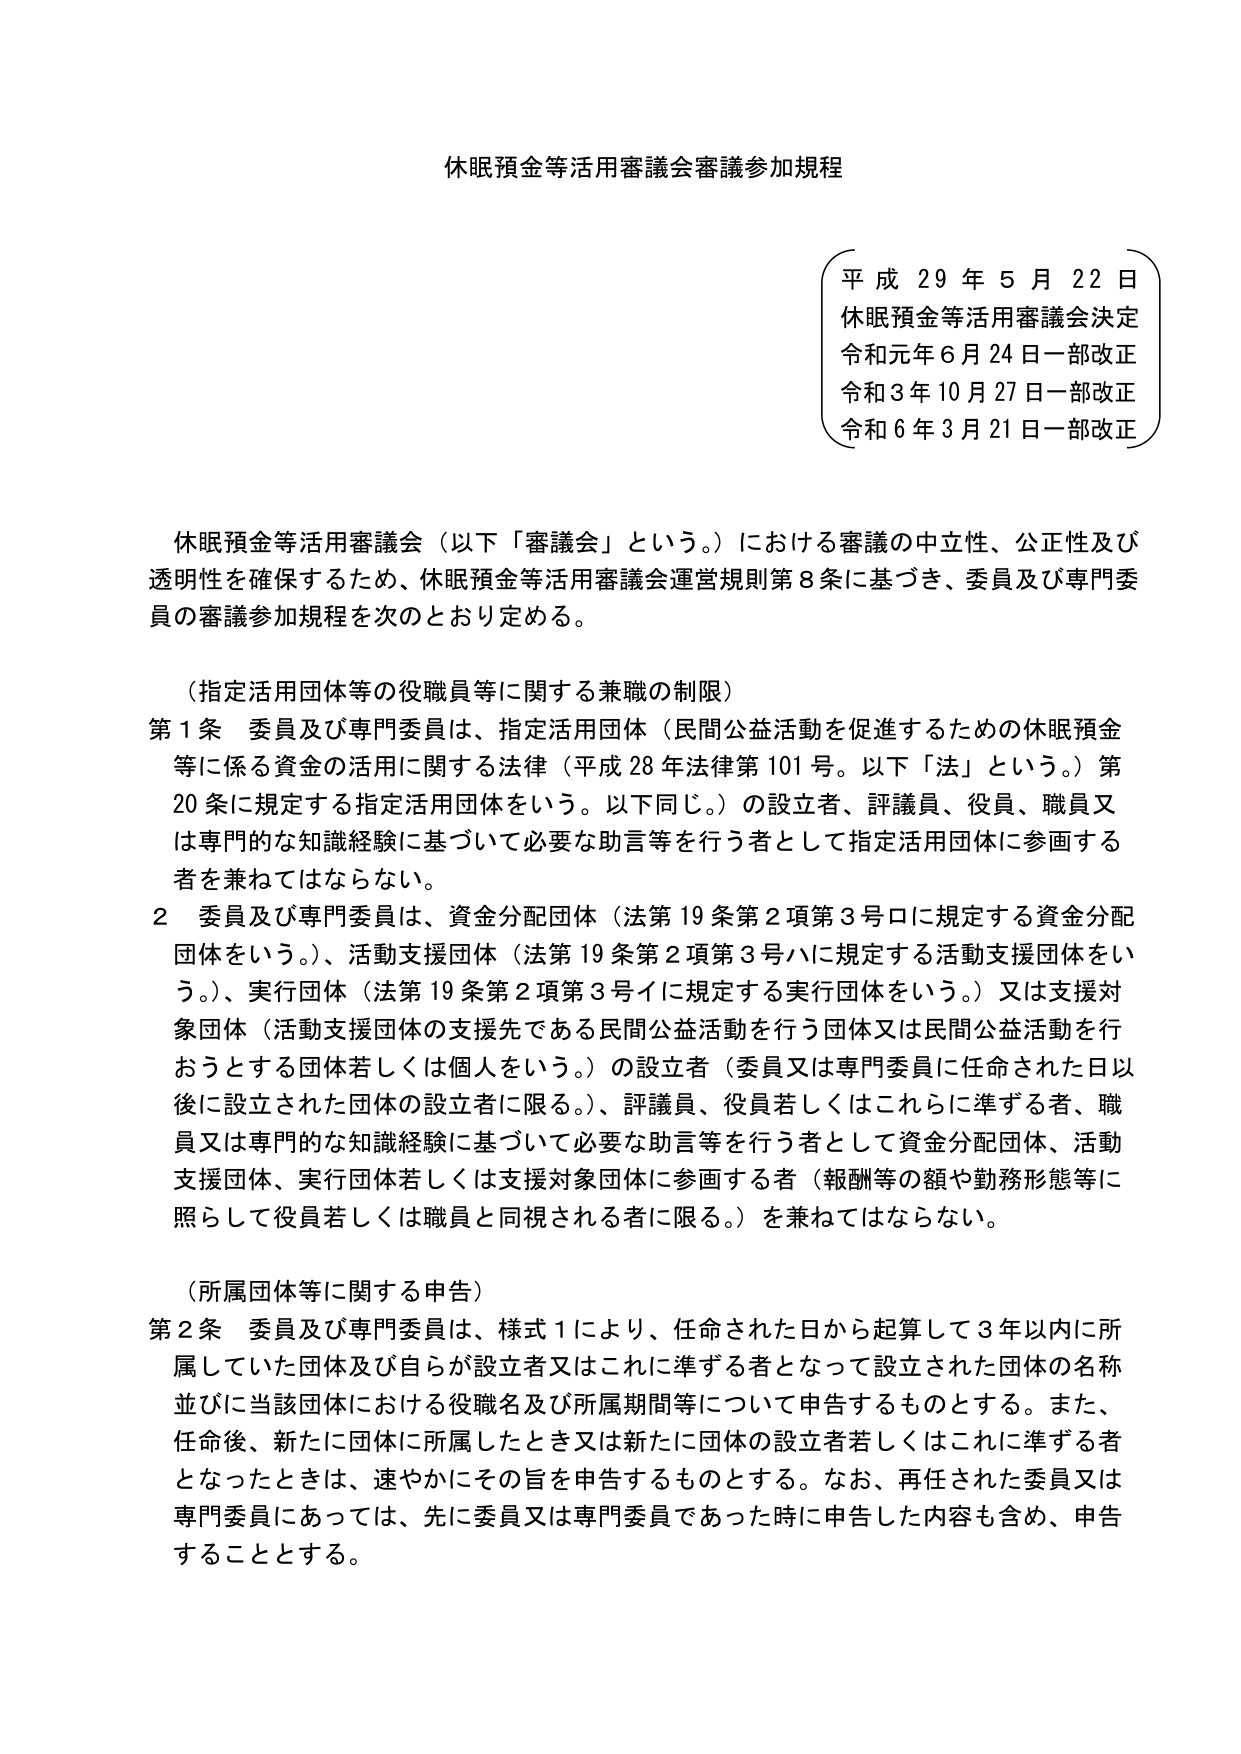
休眠預金等活用審議会審議参加規程

平成29年5月22日
休眠預金等活用審議会決定
令和元年6月24日一部改正
令和3年10月27日一部改正
令和6年3月21日一部改正

休眠預金等活用審議会（以下「審議会」という。）における審議の中立性、公正性及び透明性を確保するため、休眠預金等活用審議会運営規則第8条に基づき、委員及び専門委員の審議参加規程を次のとおり定める。

（指定活用団体等の役職員等に関する兼職の制限）
第1条 委員及び専門委員は、指定活用団体（民間公益活動を促進するための休眠預金等に係る資金の活用に関する法律（平成28年法律第101号。以下「法」という。）第20条に規定する指定活用団体をいう。以下同じ。）の設立者、評議員、役員、職員又は専門的な知識経験に基づいて必要な助言等を行う者として指定活用団体に参画する者を兼ねてはならない。

2 委員及び専門委員は、資金分配団体（法第19条第2項第3号ロに規定する資金分配団体をいう。）、活動支援団体（法第19条第2項第3号ハに規定する活動支援団体をいう。）、実行団体（法第19条第2項第3号イに規定する実行団体をいう。）又は支援対象団体（活動支援団体の支援先である民間公益活動を行う団体又は民間公益活動を行うとする団体若しくは個人をいう。）の設立者（委員又は専門委員に任命された日以後に設立された団体の設立者に限る。）、評議員、役員若しくはこれらに準ずる者、職員又は専門的な知識経験に基づいて必要な助言等を行う者として資金分配団体、活動支援団体、実行団体若しくは支援対象団体に参画する者（報酬等の額や勤務形態等に照らして役員若しくは職員と同視される者に限る。）を兼ねてはならない。

（所属団体等に関する申告）
第2条 委員及び専門委員は、様式1により、任命された日から起算して3年以内に所属していた団体及び自らが設立者又はこれに準ずる者となって設立された団体の名称並びに当該団体における役職名及び所属期間等について申告するものとする。また、任命後、新たに団体に所属したとき又は新たに団体の設立者若しくはこれに準ずる者となったときは、速やかにその旨を申告するものとする。なお、再任された委員又は専門委員にあっては、先に委員又は専門委員であった時に申告した内容も含め、申告することとする。